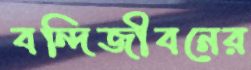
বন্দিজীবনের